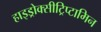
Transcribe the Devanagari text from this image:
हाइड्रोक्सीट्रिप्टामिन